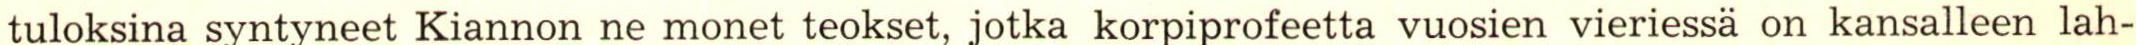
tuloksina syntyneet Kiannon ne monet teokset, jotka korpiprofeetta vuosien vieriessä on kansalleen lah-